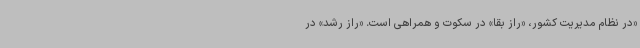
«در نظام مدیریت کشور، «راز بقا» در سکوت و همراهی است. «راز رشد» در